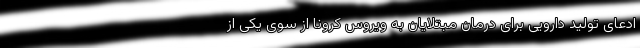
ادعای تولید دارویی برای درمان مبتلایان به ویروس کرونا از سوی یکی از